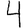
Digit: 4